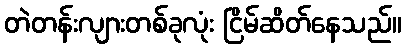
တဲတန်းလျားတစ်ခုလုံး ငြိမ်ဆိတ်နေသည်။